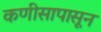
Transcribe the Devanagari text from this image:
कणीसापासून